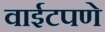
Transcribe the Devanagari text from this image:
वाईटपणे